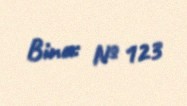
Bina: № 123